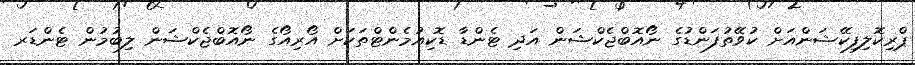
ޕްރިކޮލިފިކޭޝަންއަށް ކުވޭތުފަންޑުގެ ނޯއޮބްޖެކްޝަން އަދި ޓެންޑާ ޑޮކިއުމެންޓްތަކަށް އޯރިއޯގެ ނޯއޮބްޖެކްޝަން ލިބުމުން ޓެންޑަރ